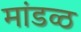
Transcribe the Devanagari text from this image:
मांडव्ठ